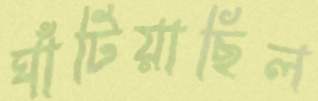
ঘাঁটিয়াছিল